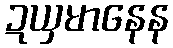
ဍယှမာနေန